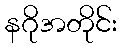
နဂိုအတိုင်း